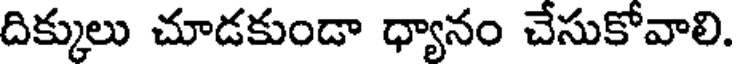
దిక్కులు చూడకుండా ధ్యానం చేసుకోవాలి.